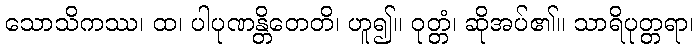
သောသိကဿ၊ ထ၊ ပါပုဏန္တိတေတိ၊ ဟူ၍။ ဝုတ္တံ၊ ဆိုအပ်၏။ သာရိပုတ္တရာ၊